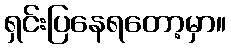
ရှင်းပြနေရတော့မှာ။